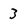
Character: 3